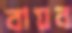
বায়ব